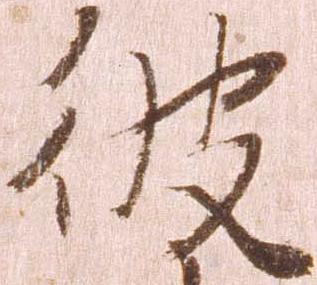
彼